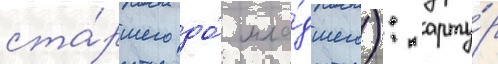
ста́ршего до́ мла́дшего): арту́р